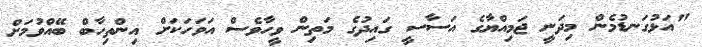
"އަޅުގަނޑުމެން މިދަނީ ޖަމިއްޔާގެ އަސާސީ ގައިދުގެ މަތިން ވީހާވެސް އަވަހަކަށް އިންތިހާބް ބޭއްވުމަށް